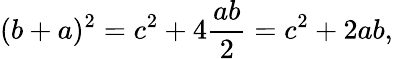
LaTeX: (b+a)^{2}=c^{2}+4{\frac{ab}{2}}=c^{2}+2ab,